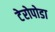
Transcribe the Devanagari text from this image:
टेरोपोडा